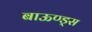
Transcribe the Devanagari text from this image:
बाऊण्ड्स